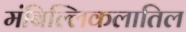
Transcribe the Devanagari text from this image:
मंबिल्लिकलातिल